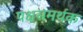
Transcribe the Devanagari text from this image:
पक्षसमर्थक